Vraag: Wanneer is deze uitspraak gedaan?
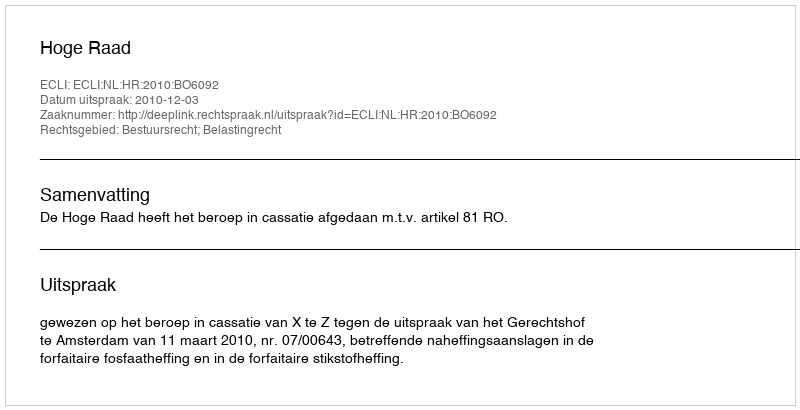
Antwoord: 2010-12-03